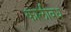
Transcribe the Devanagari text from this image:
कालीवध